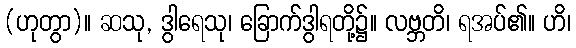
(ဟုတွာ)။ ဆသု, ဒွါရေသု၊ ခြောက်ဒွါရတို့၌။ လဗ္ဘတိ၊ ရအပ်၏။ ဟိ၊